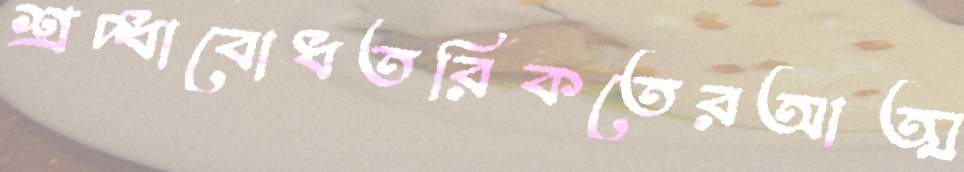
শ্রদ্ধাবোধতরিকতেরআত্ম